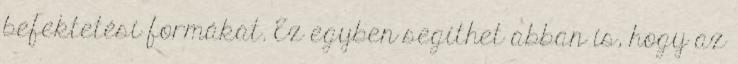
befektetési formákat. Ez egyben segíthet abban is, hogy az